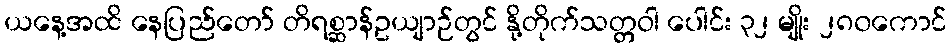
ယနေ့အထိ နေပြည်တော် တိရစ္ဆာန်ဥယျာဉ်တွင် နို့တိုက်သတ္တဝါ ပေါင်း ၃၂ မျိုး ၂၈၀ကောင်